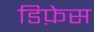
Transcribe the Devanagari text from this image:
डिफ़ेस